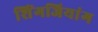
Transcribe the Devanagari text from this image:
शिंगजियांग